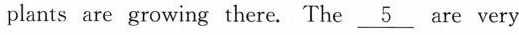
plants are growing there. The\underline{文字5} are very